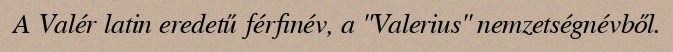
A Valér latin eredetű férfinév, a "Valerius" nemzetségnévből.